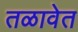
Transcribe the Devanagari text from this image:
तळावेत